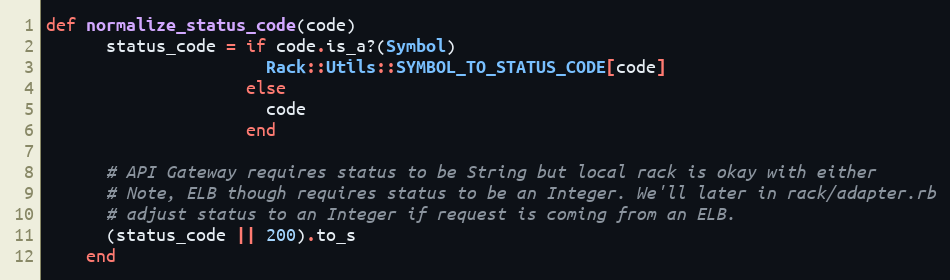
Language: Ruby
def normalize_status_code(code)
      status_code = if code.is_a?(Symbol)
                      Rack::Utils::SYMBOL_TO_STATUS_CODE[code]
                    else
                      code
                    end

      # API Gateway requires status to be String but local rack is okay with either
      # Note, ELB though requires status to be an Integer. We'll later in rack/adapter.rb
      # adjust status to an Integer if request is coming from an ELB.
      (status_code || 200).to_s
    end